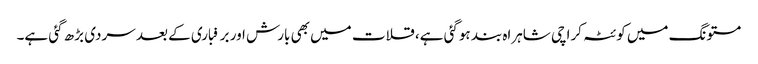
مستونگ میں کوئٹہ کراچی شاہراہ بند ہوگئی ہے، قلات میں بھی بارش اور برفباری کے بعد سردی بڑھ گئی ہے۔